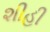
શીહી